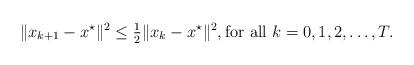
LaTeX: \begin{align*}\|x_{k+1} - x^\star\|^2 \leq \tfrac{1}{2}\|x_k - x^\star\|^2, \textnormal{for all } k = 0, 1, 2, \ldots, T. \end{align*}